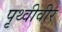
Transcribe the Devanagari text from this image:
पृथ्वीवीर